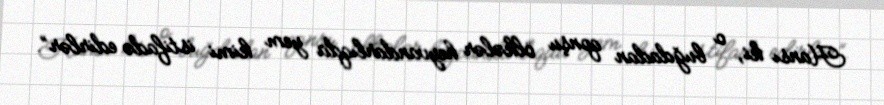
Hansı ki, o buğdadan qonşu ölkələr heyvandarlıqda yem kimi istifadə edirlər”.